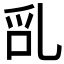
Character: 𠃭